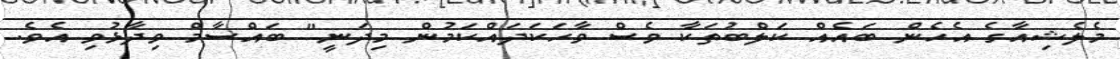
މެލެޝިއާގެ އެހެން ބައެއް ކަލްބުތަކާ ވެސް ވާހަކަދައްކަމުން މިދަނީ" ބައްސާމް ވިދާޅުވި އެވެ.